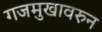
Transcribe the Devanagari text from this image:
गजमुखावरुन